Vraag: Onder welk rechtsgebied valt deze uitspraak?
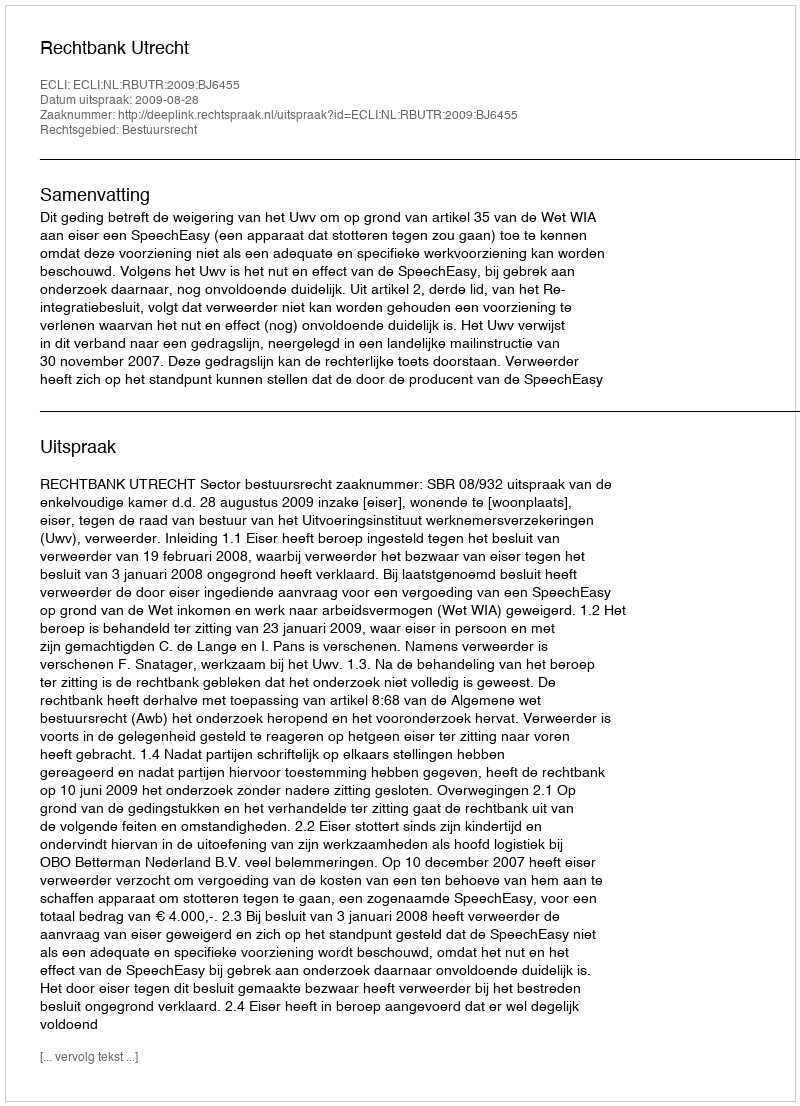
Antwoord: Bestuursrecht